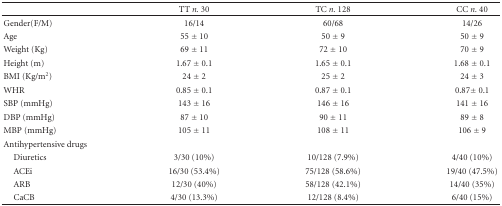
|  | TT n. 30 | TC n. 128 | CC n. 40 |
 | --- | --- | --- | --- |
 | Gender(F/M) | 16/14 | 60/68 | 14/26 |
 | Age | 55 ± 10 | 50 ± 9 | 50 ± 9 |
 | Weight (Kg) | 69 ± 11 | 72 ± 10 | 70 ± 9 |
 | Height (m) | 1.67 ± 0.1 | 1.65 ± 0.1 | 1.68 ± 0.1 |
 | BMI (Kg/m2) | 24 ± 2 | 25 ± 2 | 24 ± 3 |
 | WHR | 0.85 ± 0.1 | 0.87 ± 0.1 | 0.87± 0.1 |
 | SBP (mmHg) | 143 ± 16 | 146 ± 16 | 141 ± 16 |
 | DBP (mmHg) | 87 ± 10 | 90 ± 11 | 89 ± 8 |
 | MBP (mmHg) | 105 ± 11 | 108 ± 11 | 106 ± 9 |
 | Antihypertensive drugs |  |  |  |
 | Diuretics | 3/30 (10%) | 10/128 (7.9%) | 4/40 (10%) |
 | ACEi | 16/30 (53.4%) | 75/128 (58.6%) | 19/40 (47.5%) |
 | ARB | 12/30 (40%) | 58/128 (42.1%) | 14/40 (35%) |
 | CaCB | 4/30 (13.3%) | 12/128 (8.4%) | 6/40 (15%) |